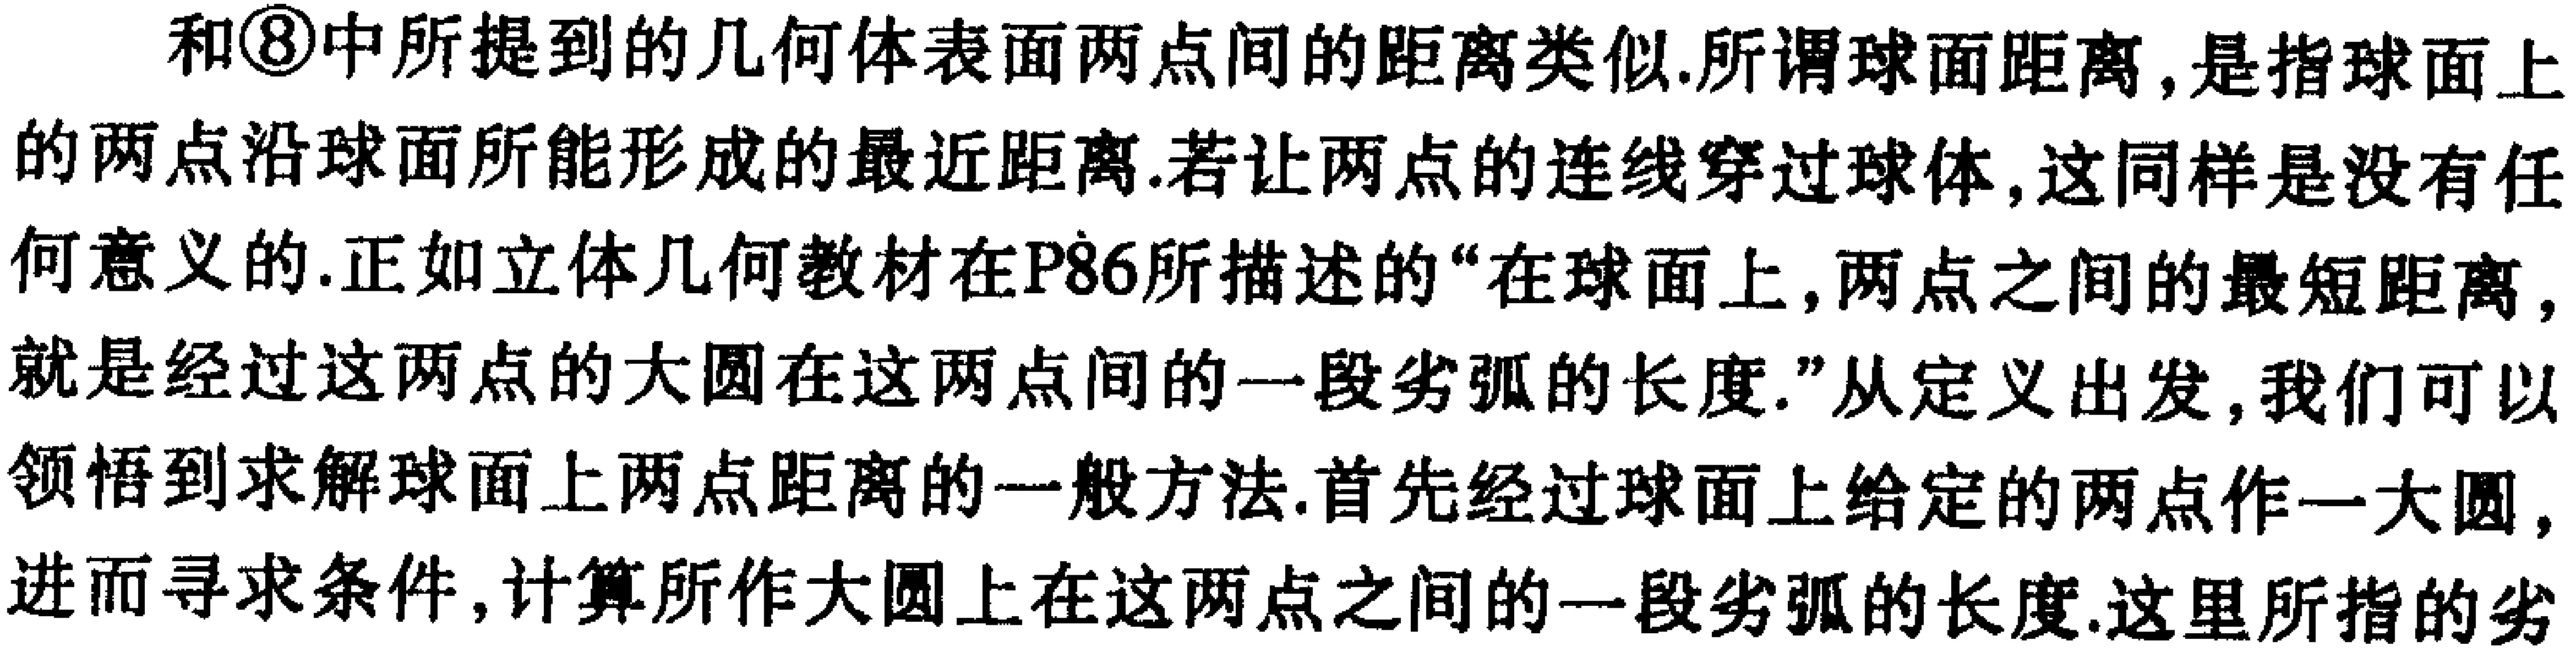
和\textcircled{8}中所提到的几何体表面两点间的距离类似.所谓球面距离,是指球面上的两点沿球面所能形成的最近距离.若让两点的连线穿过球体,这同样是没有任何意义的.正如立体几何教材在P86所描述的“在球面上,两点之间的最短距离,就是经过这两点的大圆在这两点间的一段劣弧的长度.”从定义出发,我们可以领悟到求解球面上两点距离的一般方法.首先经过球面上给定的两点作一大圆,进而寻求条件,计算所作大圆上在这两点之间的一段劣弧的长度.这里所指的劣